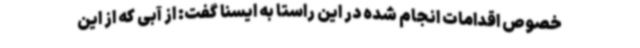
خصوص اقدامات انجام شده در این راستا به ایسنا گفت: از آبی که از این